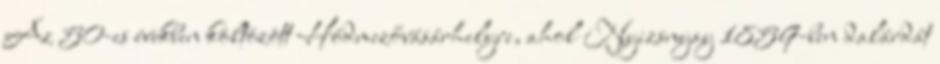
Az 50-es években költözött Hódmezővásárhelyre, ahol Nyizsnyay 1859-ben dalárdát